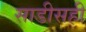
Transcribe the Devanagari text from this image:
साडीसही